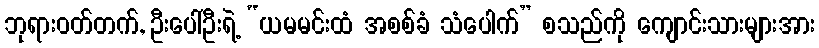
ဘုရားဝတ်တက်, ဦးပေါ်ဦးရဲ့ “ယမမင်းထံ အစစ်ခံ သံပေါက်” စသည်ကို ကျောင်းသားများအား